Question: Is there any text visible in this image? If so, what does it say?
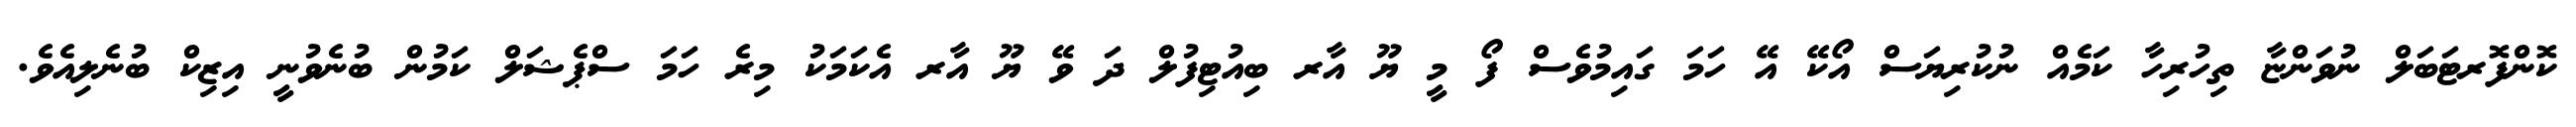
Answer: ކޮންފޮރޓަބަލް ނުވަންޏާ ތިހުރިހާ ކަމެއް ނުކުރިޔަސް އޯކޭ އޭ ހަމަ ގައިމުވެސް ފޯ މީ ޔޫ އާރ ބިއުޓިފުލް ދަ ވޭ ޔޫ އާރ އެކަމަކު މިރެ ހަމަ ސްޕެޝަލް ކަމުން ބުނެވުނީ އިޒިކް ބުނެލިއެވެ.